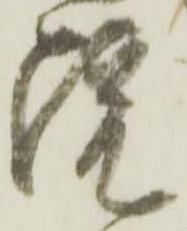
院